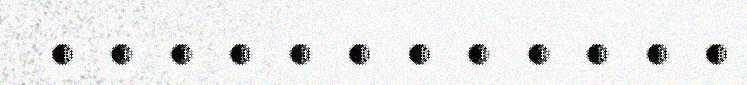
. . . . . . . . . . . .